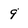
Character: 9